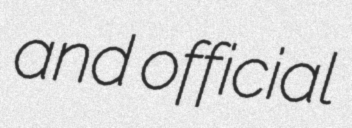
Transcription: and official